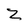
Character: z